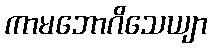
ကာမဘောဂိသေယျာ